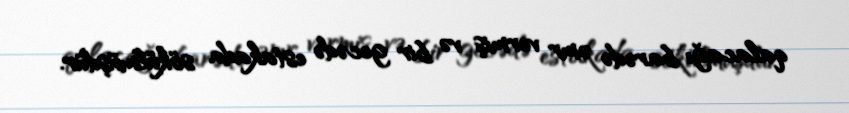
qalacağı barədə əmr vermiş və bir gecədə estakada sökülmüşdür.